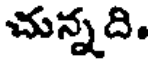
చున్నది.